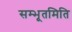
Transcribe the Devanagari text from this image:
सम्भूतमिति